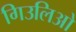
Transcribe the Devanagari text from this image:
गिउलिओ